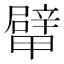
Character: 𨐴